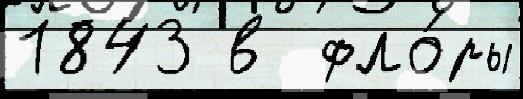
1843 в  фло́ры